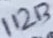
Text: 11213